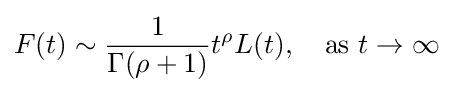
F(t)\sim {\frac {1}{\Gamma (\rho +1)}}t^{\rho }L(t),\quad {\text{as}}\ t\to \infty